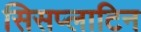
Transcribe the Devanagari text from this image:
सिसप्लाटिन